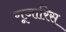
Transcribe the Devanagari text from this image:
गूजारिस